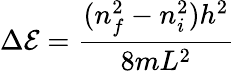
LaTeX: \Delta\mathcal{E}={\frac{{(n_{f}^{2}-n_{i}^{2})h^{2}}}{{8mL^{2}}}}